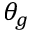
\theta _ { g }